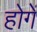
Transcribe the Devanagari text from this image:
होगेंं